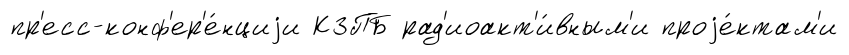
пр'есс-конф'ер'е́нциjи КЗПБ рад'иоакт'и́вным'и проjе́ктам'и